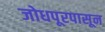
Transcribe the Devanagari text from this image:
जोधपूरपासून